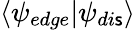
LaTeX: \langle\psi_{edge}|\psi_{di\mathsf{s}}\rangle